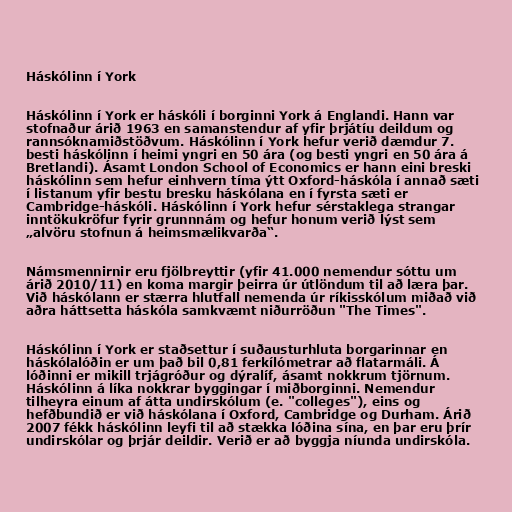
Háskólinn í York

Háskólinn í York er háskóli í borginni York á Englandi. Hann var
stofnaður árið 1963 en samanstendur af yfir þrjátíu deildum og
rannsóknamiðstöðvum. Háskólinn í York hefur verið dæmdur 7.
besti háskólinn í heimi yngri en 50 ára (og besti yngri en 50 ára á
Bretlandi). Ásamt London School of Economics er hann eini breski
háskólinn sem hefur einhvern tíma ýtt Oxford-háskóla í annað sæti
í listanum yfir bestu bresku háskólana en í fyrsta sæti er
Cambridge-háskóli. Háskólinn í York hefur sérstaklega strangar
inntökukröfur fyrir grunnnám og hefur honum verið lýst sem
„alvöru stofnun á heimsmælikvarða“.

Námsmennirnir eru fjölbreyttir (yfir 41.000 nemendur sóttu um
árið 2010/11) en koma margir þeirra úr útlöndum til að læra þar.
Við háskólann er stærra hlutfall nemenda úr ríkisskólum miðað við
aðra háttsetta háskóla samkvæmt niðurröðun "The Times".

Háskólinn í York er staðsettur í suðausturhluta borgarinnar en
háskólalóðin er um það bil 0,81 ferkílómetrar að flatarmáli. Á
lóðinni er mikill trjágróður og dýralíf, ásamt nokkrum tjörnum.
Háskólinn á líka nokkrar byggingar í miðborginni. Nemendur
tilheyra einum af átta undirskólum (e. "colleges"), eins og
hefðbundið er við háskólana í Oxford, Cambridge og Durham. Árið
2007 fékk háskólinn leyfi til að stækka lóðina sína, en þar eru þrír
undirskólar og þrjár deildir. Verið er að byggja níunda undirskóla.